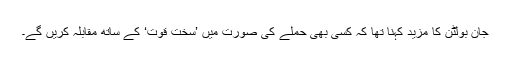
جان بولٹن کا مزید کہنا تھا کہ کسی بھی حملے کی صورت میں ’سخت قوت‘ کے ساتھ مقابلہ کریں گے۔